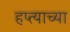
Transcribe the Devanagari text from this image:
हप्‍त्याच्या